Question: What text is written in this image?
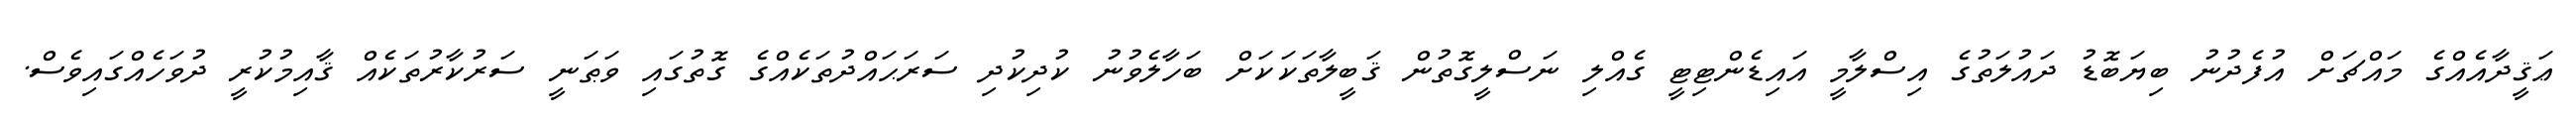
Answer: ޢަޤީދާއެއްގެ މައްޗަށް އުފެދުނު ބިޔަބޮޑު ދައުލަތުގެ އިސްލާމީ އައިޑެންޓިޓީ ގެއްލި ނަސްލީގޮތުން ޤަބީލާތަކަކަށް ބަހާލެވުނު ކުދިކުދި ސަރަޙައްދުތަކެއްގެ ގޮތުގައި ވަޠަނީ ސަރުކާރުތަކެއް ޤާއިމުކުރީ ދުވަހެއްގައިވެސް.